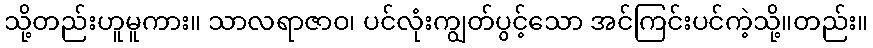
သို့တည်းဟူမူကား။ သာလရာဇာဝ၊ ပင်လုံးကျွတ်ပွင့်သော အင်ကြင်းပင်ကဲ့သို့။တည်း။